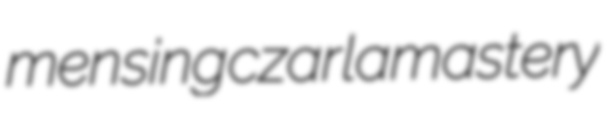
mensing czar lamastery